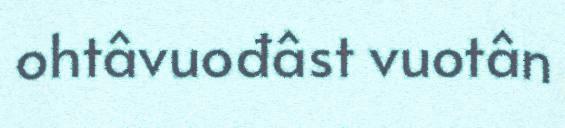
ohtâvuođâst vuotân